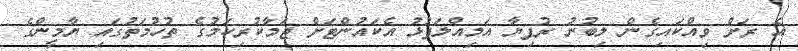
އެ ރަށް ވިއްކައިގެން ލިބުނު ރުފިޔާ އަމިއްލަފުޅު އެކައުންޓަށް ޖަމާކުރިކަމުގެ ތުހުމަތުގައި ޔާމީންގެ